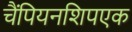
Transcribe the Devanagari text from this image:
चैंपियनशिपएक